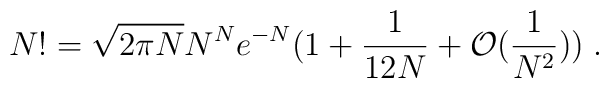
N!=\sqrt{2\pi N}N^Ne^{-N}\big( 1+\frac{1}{12N}+{\cal O}\big(\frac{1}{N^2}\big) \big) \; .